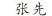
张 先